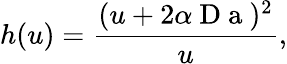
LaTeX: h(u)=\frac{(u+2\alpha\mathrm{~D~a~})^{2}}{u},